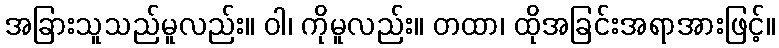
အခြားသူသည်မူလည်း။ ဝါ၊ ကိုမူလည်း။ တထာ၊ ထိုအခြင်းအရာအားဖြင့်။